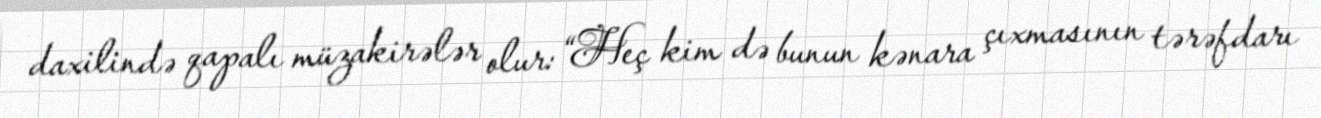
daxilində qapalı müzakirələr olur: “Heç kim də bunun kənara çıxmasının tərəfdarı